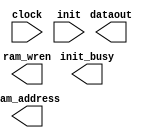
// megafunction wizard: %RAM initializer%VBB%
// GENERATION: STANDARD
// VERSION: WM1.0
// MODULE: ALTMEM_INIT 

// ============================================================
// Megafunction Name(s):
// 			ALTMEM_INIT
//
// Simulation Library Files(s):
// 			lpm
// ============================================================
// ************************************************************
// THIS IS A WIZARD-GENERATED FILE. DO NOT EDIT THIS FILE!
//
// 9.0 Build 132 02/25/2009 SJ Web Edition
// ************************************************************

//Copyright (C) 1991-2009 Altera Corporation
//Your use of Altera Corporation's design tools, logic functions 
//and other software and tools, and its AMPP partner logic 
//functions, and any output files from any of the foregoing 
//(including device programming or simulation files), and any 
//associated documentation or information are expressly subject 
//to the terms and conditions of the Altera Program License 
//Subscription Agreement, Altera MegaCore Function License 
//Agreement, or other applicable license agreement, including, 
//without limitation, that your use is for the sole purpose of 
//programming logic devices manufactured by Altera and sold by 
//Altera or its authorized distributors.  Please refer to the 
//applicable agreement for further details.

module registers_init (
	clock,
	init,
	dataout,
	init_busy,
	ram_address,
	ram_wren)/* synthesis synthesis_clearbox = 1 */;

	input	  clock;
	input	  init;
	output	[31:0]  dataout;
	output	  init_busy;
	output	[7:0]  ram_address;
	output	  ram_wren;
`ifndef ALTERA_RESERVED_QIS
// synopsys translate_off
`endif
	tri0	  clock;
	tri0	  init;
`ifndef ALTERA_RESERVED_QIS
// synopsys translate_on
`endif

endmodule

// ============================================================
// CNX file retrieval info
// ============================================================
// Retrieval info: LIBRARY: altera_mf altera_mf.altera_mf_components.all
// Retrieval info: PRIVATE: INTENDED_DEVICE_FAMILY STRING "Stratix II"
// Retrieval info: CONSTANT: INIT_FILE NUMERIC "1"
// Retrieval info: CONSTANT: INIT_TO_ZERO STRING "NO"
// Retrieval info: CONSTANT: INTENDED_DEVICE_FAMILY STRING "Stratix II"
// Retrieval info: CONSTANT: LPM_HINT STRING "UNUSED"
// Retrieval info: CONSTANT: LPM_TYPE STRING "altmem_init"
// Retrieval info: CONSTANT: NUMWORDS NUMERIC "256"
// Retrieval info: CONSTANT: PORT_ROM_DATA_READY STRING "PORT_UNUSED"
// Retrieval info: CONSTANT: ROM_READ_LATENCY NUMERIC "1"
// Retrieval info: CONSTANT: WIDTH NUMERIC "32"
// Retrieval info: CONSTANT: WIDTHAD NUMERIC "8"
// Retrieval info: USED_PORT: clock 0 0 0 0 INPUT GND "clock"
// Retrieval info: CONNECT: @clock 0 0 0 0 clock 0 0 0 0
// Retrieval info: USED_PORT: dataout 0 0 32 0 OUTPUT GND "dataout[31..0]"
// Retrieval info: CONNECT: dataout 0 0 32 0 @dataout 0 0 32 0
// Retrieval info: USED_PORT: init 0 0 0 0 INPUT GND "init"
// Retrieval info: CONNECT: @init 0 0 0 0 init 0 0 0 0
// Retrieval info: USED_PORT: init_busy 0 0 0 0 OUTPUT GND "init_busy"
// Retrieval info: CONNECT: init_busy 0 0 0 0 @init_busy 0 0 0 0
// Retrieval info: USED_PORT: ram_address 0 0 8 0 OUTPUT GND "ram_address[7..0]"
// Retrieval info: CONNECT: ram_address 0 0 8 0 @ram_address 0 0 8 0
// Retrieval info: USED_PORT: ram_wren 0 0 0 0 OUTPUT GND "ram_wren"
// Retrieval info: CONNECT: ram_wren 0 0 0 0 @ram_wren 0 0 0 0
// Retrieval info: GEN_FILE: TYPE_NORMAL registers_init.v TRUE FALSE
// Retrieval info: GEN_FILE: TYPE_NORMAL registers_init.qip TRUE FALSE
// Retrieval info: GEN_FILE: TYPE_NORMAL registers_init.bsf TRUE FALSE
// Retrieval info: GEN_FILE: TYPE_NORMAL registers_init_inst.v FALSE TRUE
// Retrieval info: GEN_FILE: TYPE_NORMAL registers_init_bb.v TRUE TRUE
// Retrieval info: GEN_FILE: TYPE_NORMAL registers_init.inc TRUE TRUE
// Retrieval info: GEN_FILE: TYPE_NORMAL registers_init.cmp FALSE TRUE
// Retrieval info: LIB_FILE: lpm